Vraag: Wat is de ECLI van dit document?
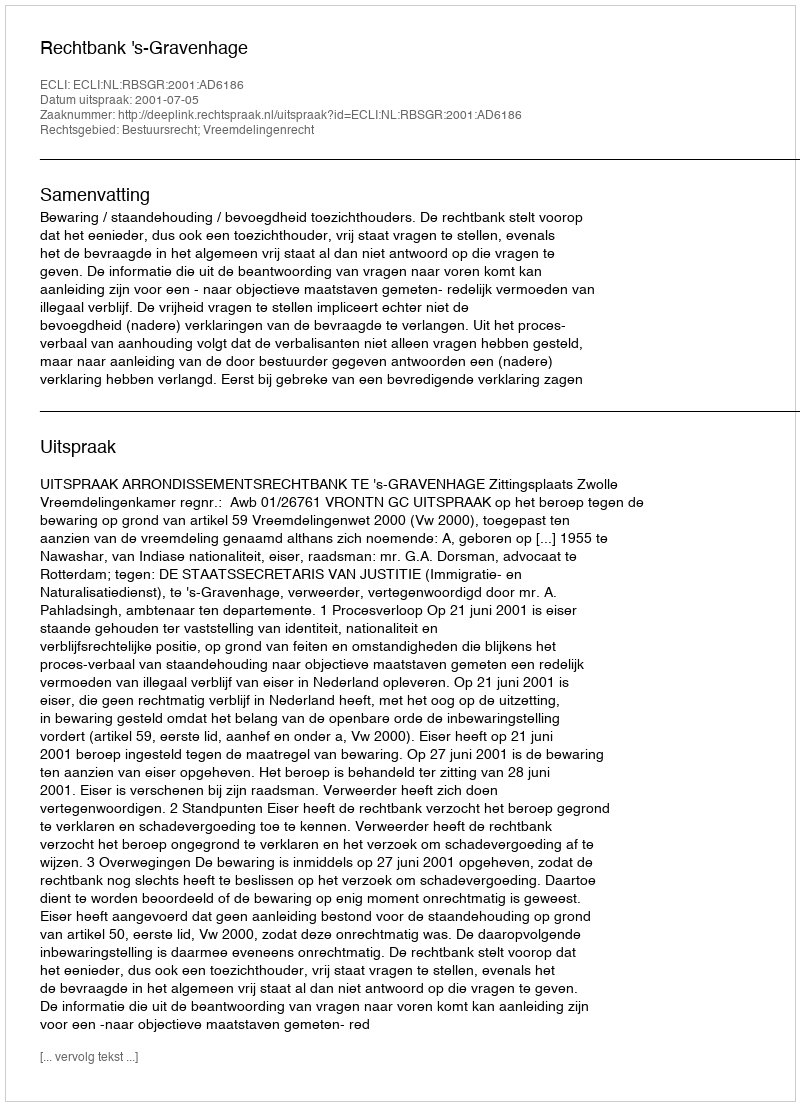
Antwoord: ECLI:NL:RBSGR:2001:AD6186